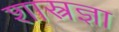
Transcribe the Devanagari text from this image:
शास्त्रज्ञा